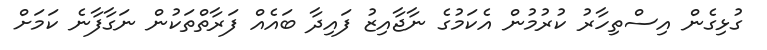
ގުޅިގެން އިސްތިހާރު ކުރުމުން އެކަމުގެ ނާޖާއިޒު ފައިދާ ބައެއް ފަރާތްތަކުން ނަގާފާނެ ކަމަށް